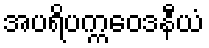
အပရိပက္ကဝေဒနီယံ